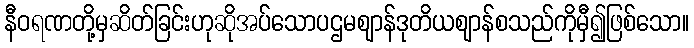
နီဝရဏတို့မှဆိတ်ခြင်းဟုဆိုအပ်သောပဌမဈာန်ဒုတိယဈာန်စသည်ကိုမှီ၍ဖြစ်သော။